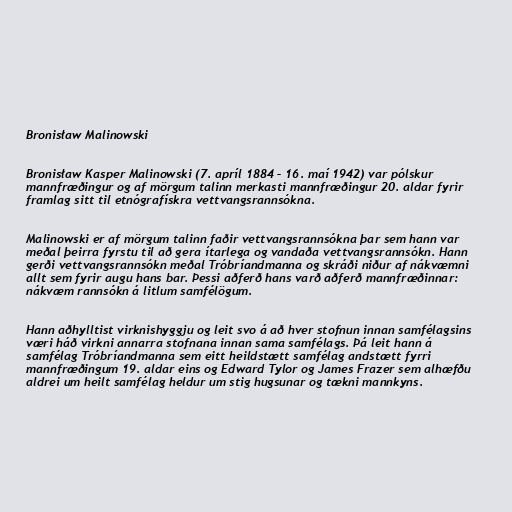
Bronisław Malinowski

Bronisław Kasper Malinowski (7. apríl 1884 – 16. maí 1942) var pólskur
mannfræðingur og af mörgum talinn merkasti mannfræðingur 20. aldar fyrir
framlag sitt til etnógrafískra vettvangsrannsókna.

Malinowski er af mörgum talinn faðir vettvangsrannsókna þar sem hann var
meðal þeirra fyrstu til að gera ítarlega og vandaða vettvangsrannsókn. Hann
gerði vettvangsrannsókn meðal Tróbríandmanna og skráði niður af nákvæmni
allt sem fyrir augu hans bar. Þessi aðferð hans varð aðferð mannfræðinnar:
nákvæm rannsókn á litlum samfélögum.

Hann aðhylltist virknishyggju og leit svo á að hver stofnun innan samfélagsins
væri háð virkni annarra stofnana innan sama samfélags. Þá leit hann á
samfélag Tróbríandmanna sem eitt heildstætt samfélag andstætt fyrri
mannfræðingum 19. aldar eins og Edward Tylor og James Frazer sem alhæfðu
aldrei um heilt samfélag heldur um stig hugsunar og tækni mannkyns.